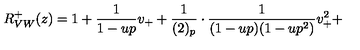
R _ { V W } ^ { + } ( z ) = 1 + \frac { 1 } { 1 - u p } v _ { + } + \frac { 1 } { ( 2 ) _ { p } } \cdot \frac { 1 } { ( 1 - u p ) ( 1 - u p ^ { 2 } ) } v _ { + } ^ { 2 } +